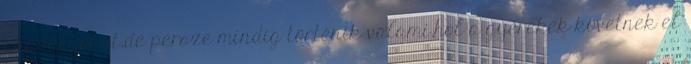
akadályokat,de persze mindig történik valami,hol a gyerekek követnek el